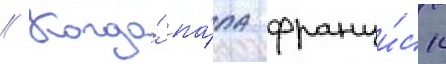
// Когда́ па́па франци́ск